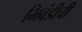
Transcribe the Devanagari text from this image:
भिवंडीची